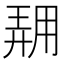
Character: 𱰟